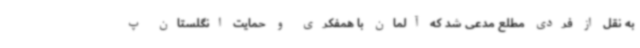
به نقل از فردی مطلع مدعی شد که آلمان با همفکری و حمایت انگلستان پ